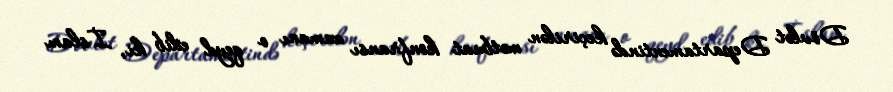
Dövlət Departamentində keçirilən mətbuat konfransı zamanı o qeyd edib ki, İslam